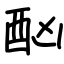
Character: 酗